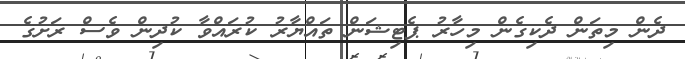
ދެން މިތަން ދެކިގެން މިހާރު ޕެޓިޝަން ތައްޔާރު ކުރައްވާ ކުދިން ވެސް ރަށުގެ